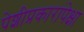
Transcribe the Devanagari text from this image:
पेशीप्रकारांपेक्षा